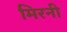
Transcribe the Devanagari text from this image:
मिरनी